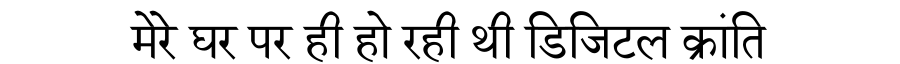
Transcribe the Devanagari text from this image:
मेरे घर पर ही हो रही थी डिजिटल क्रांति